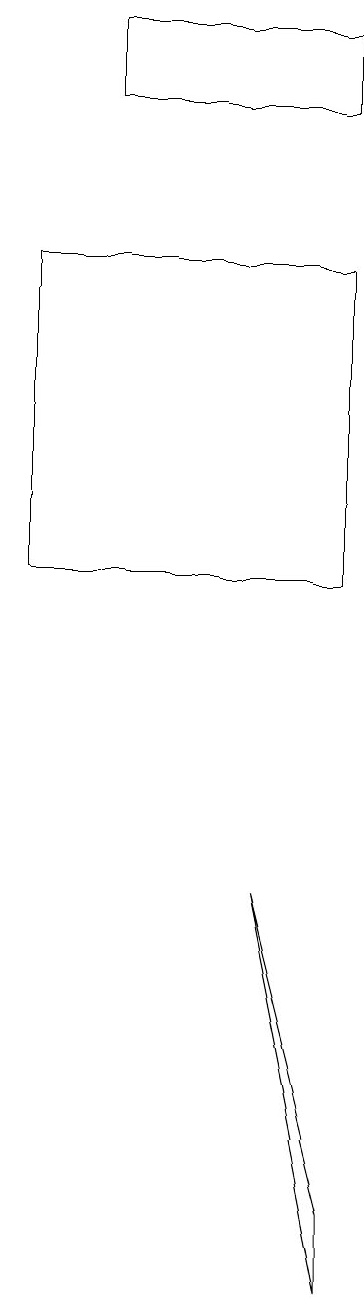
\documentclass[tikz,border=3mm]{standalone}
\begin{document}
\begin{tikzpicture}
\draw (3,16) rectangle (6,17);
\draw (6,1) -- (5,6) -- (6,2) -- cycle;
\draw (2,14) rectangle (6,10);
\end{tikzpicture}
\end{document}